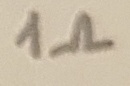
Text: 1Ω